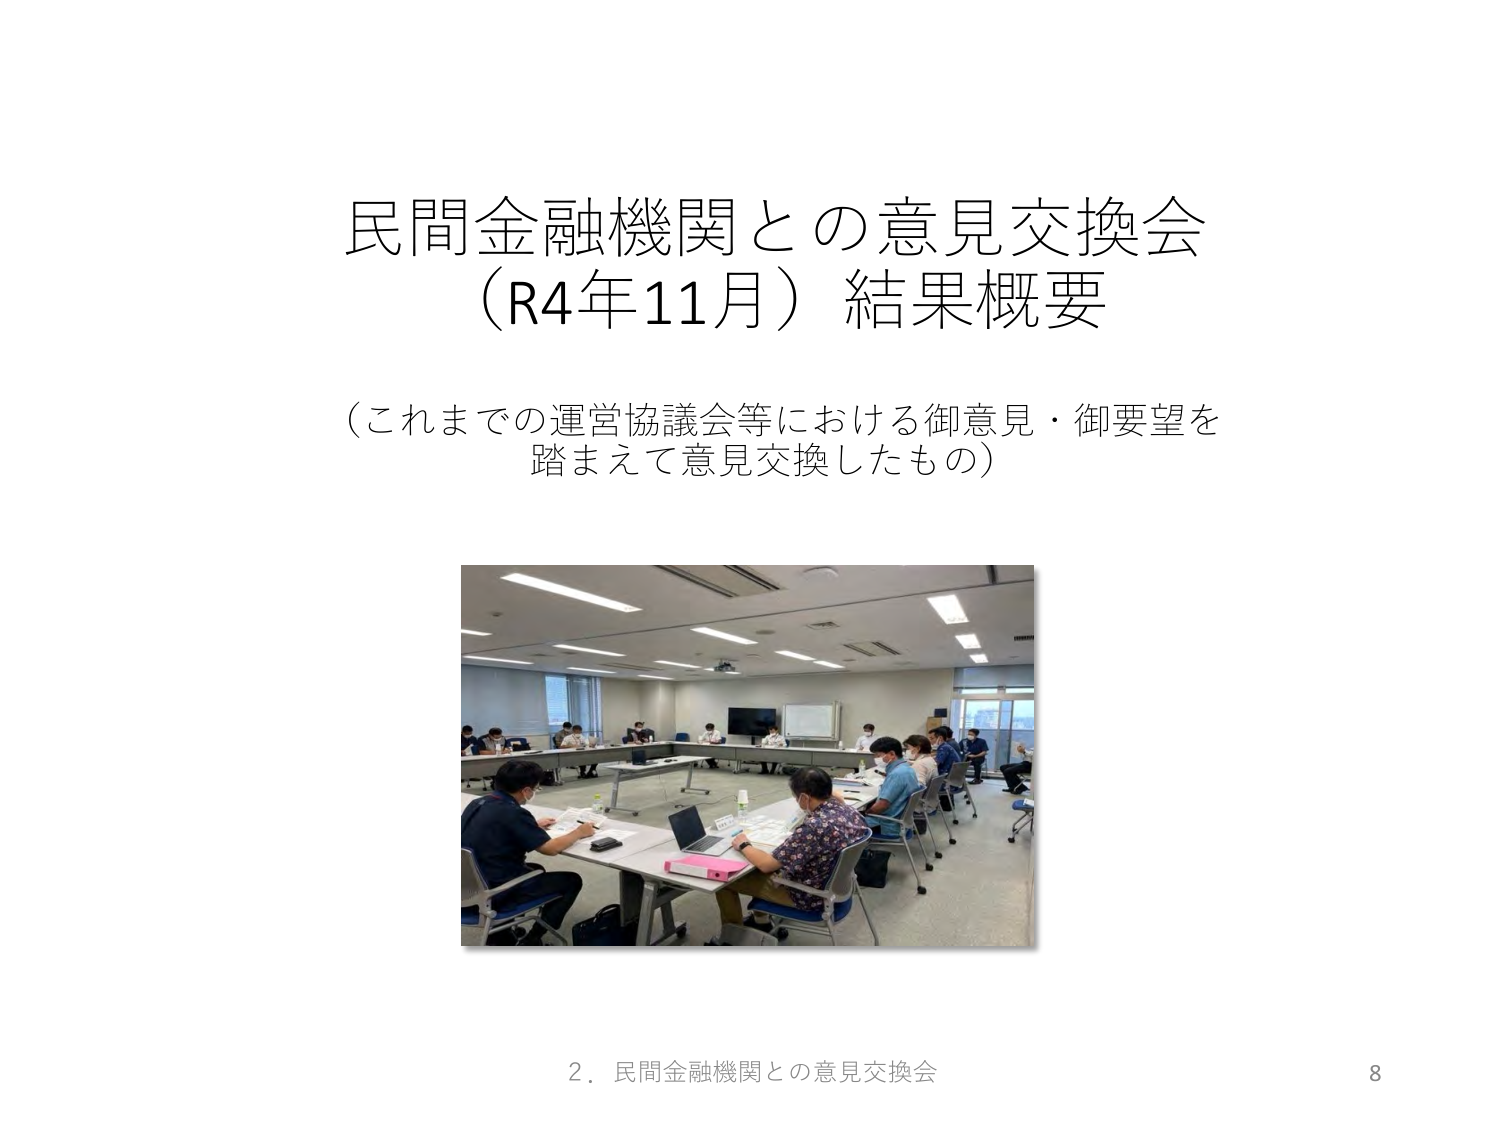
民間金融機関との意見交換会
（R4年11月）結果概要

（これまでの運営協議会等における御意見・御要望を
踏まえて意見交換したもの）

2．民間金融機関との意見交換会
8